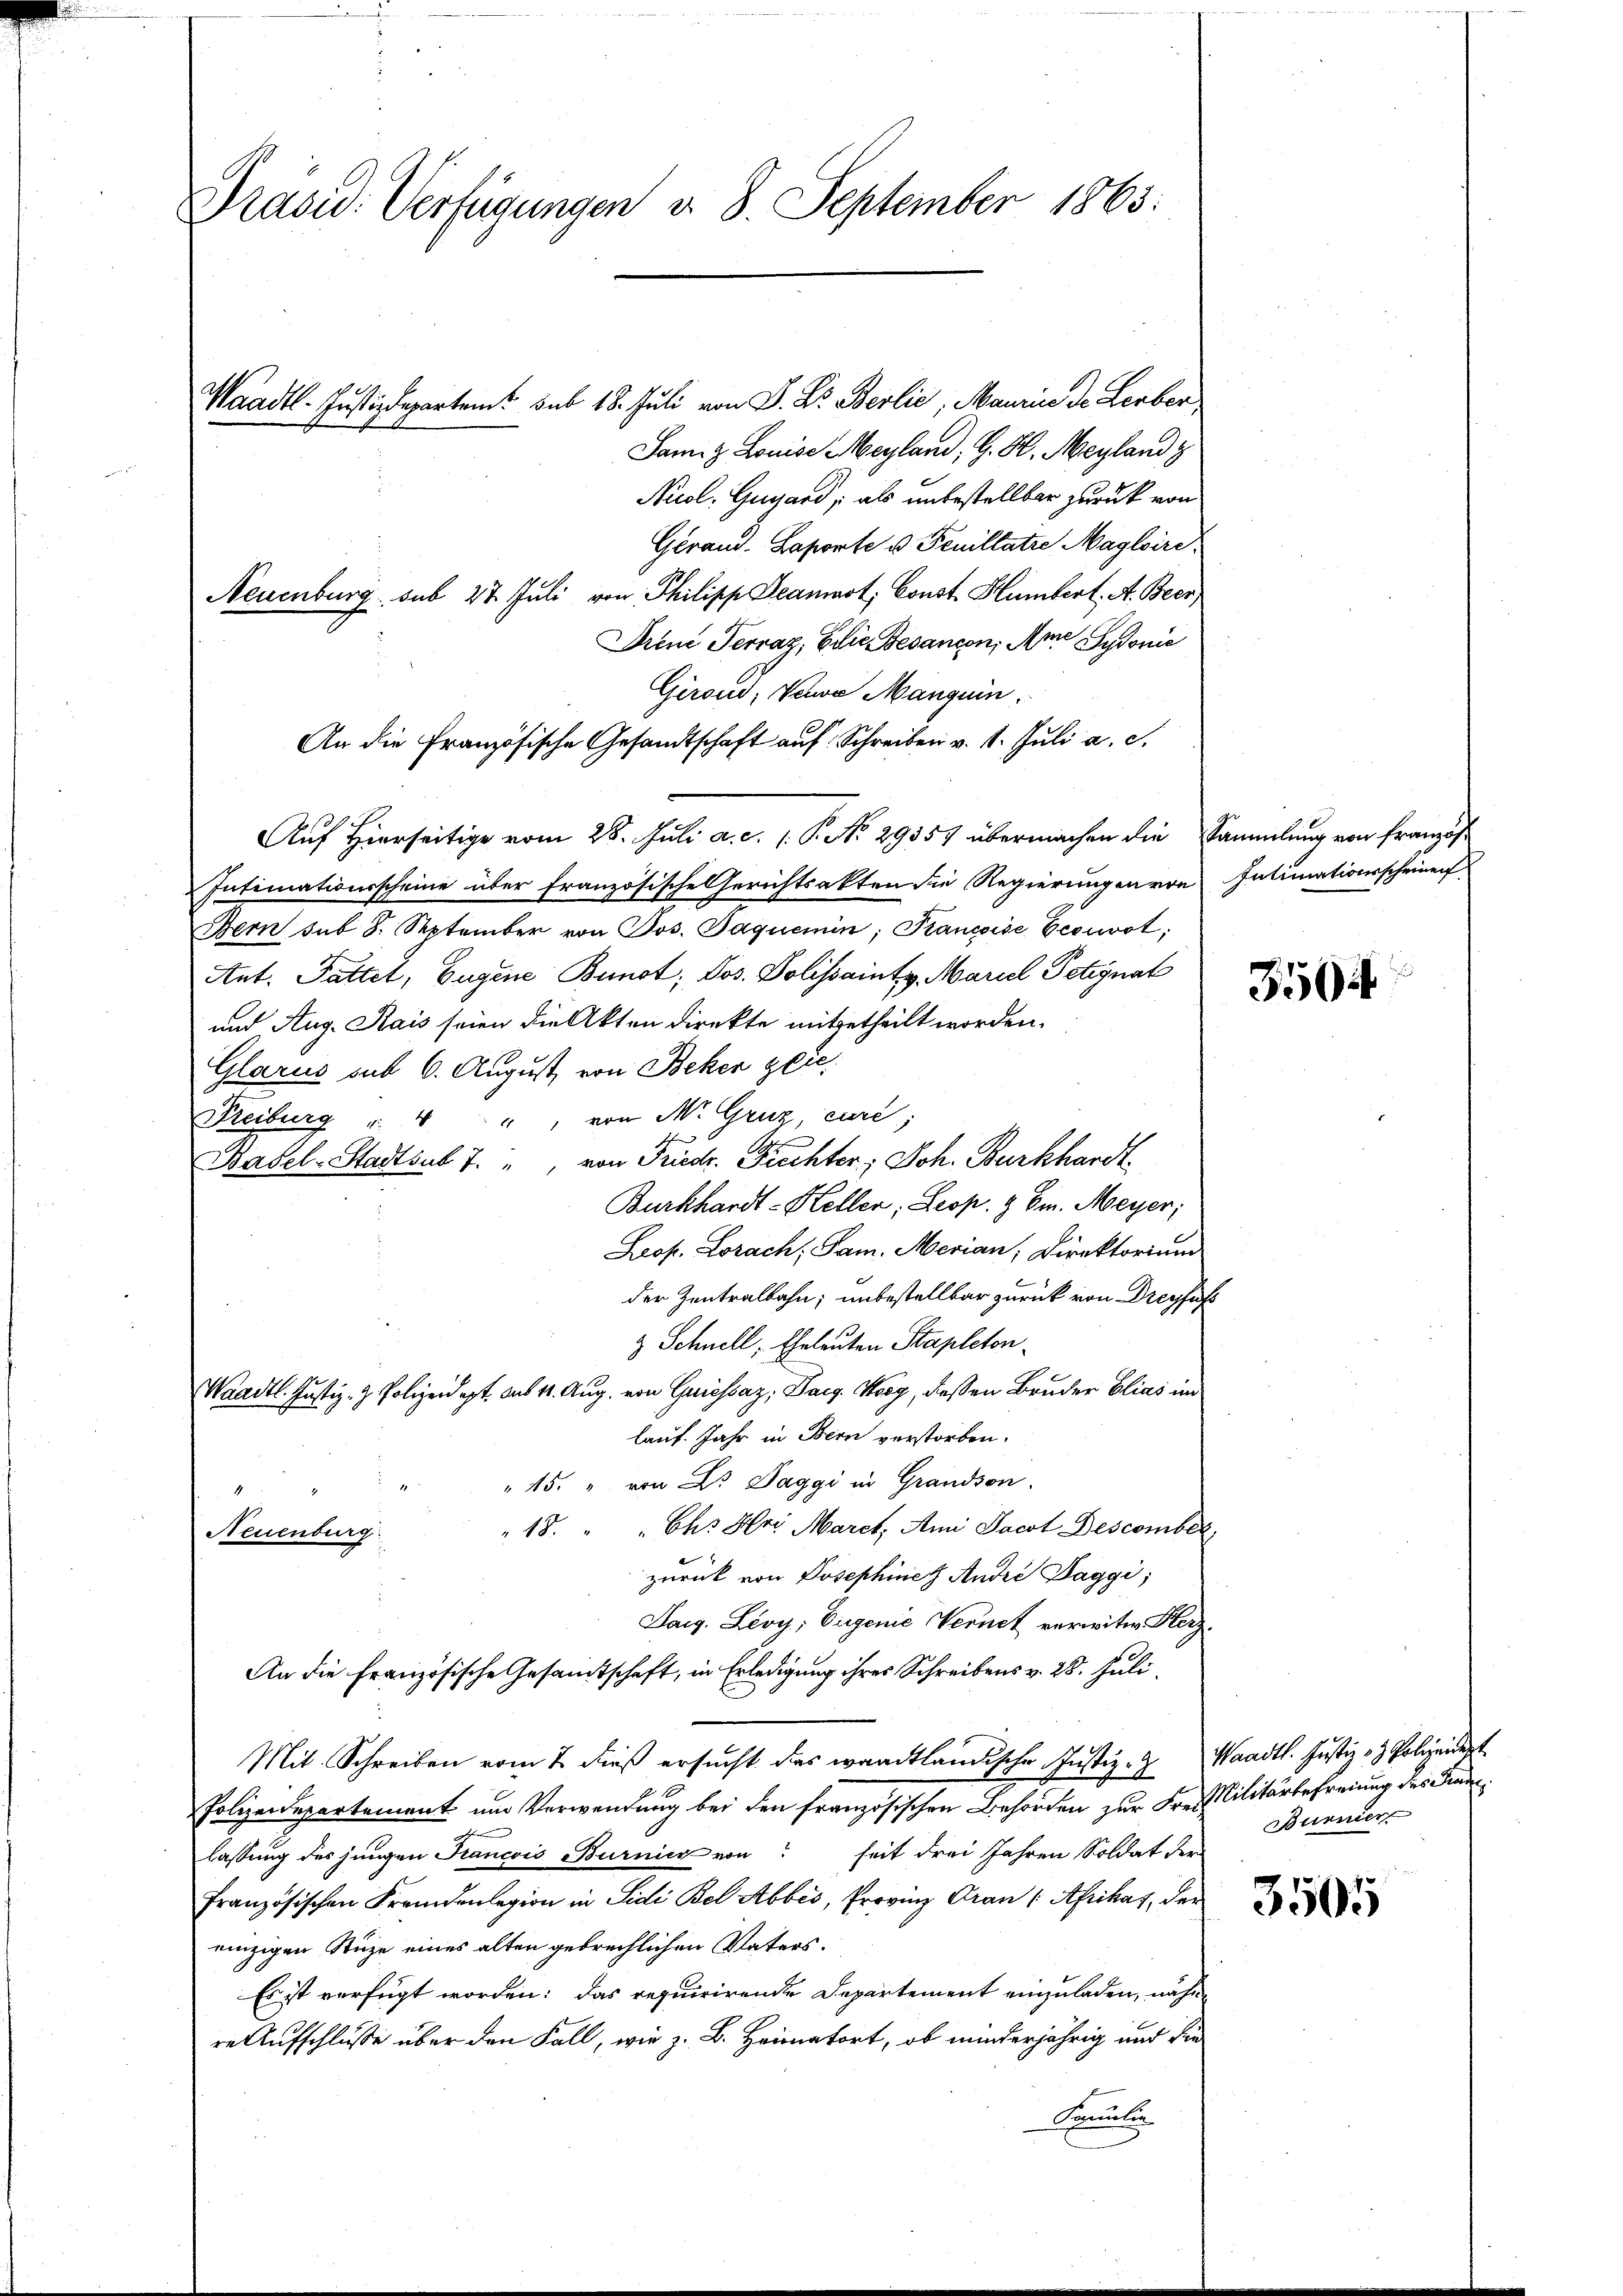
Präsid. Verfügungen d. 8. September 1865.

Waadt. Justizdepartent sub 18. Juli von D. Dr. Berlie, Maurice de Lerber
Samit Louise Mayland, G. H. Mayland z
Nuol. Gugard, als unbestellbar zurück von
Gerand. Laporte u. Feuillatie Maglaire
Neuenburg sub 27. Juli von Philipp Seamast, Const Humbert, A. Beer
Drene Terraz, die Gesancen, Am Sydonić
Girond, Verwe Manguin
An die Französische Gesandtschaft auf Schreiben v. 1. Juli a. c.
Auf Hierseitige vom 28. Juli a. c. 1. P. No. 29357 übermachen die Sammlung von Französ
Intimationsscheine über französische Gerichtsakten die Regierungen von Intimationsscheinenf
Bern sub S. September von Jos. Jaquemin, Francoise Eecivot;
Ant. Pattet, Eugene Bundt, Jos. Polissaintz, Mariel Petignat
und Aug. Kais seien die Akten direkte mitgetheilt worden.
Glarus mit 6. August von Beher gere
Freiburg u. 4 " " " von M. Gruz, cure;
Basel-Stadtsub 7. " von Friedr. Fiechter; Joh. Burkhardt
Burkhardt - Keller, Leop. 9 Ew. Meyer;
Prof. Lorach, Sam. Merian, Direktorium
der Zentralbahn; unbestellbar zurück von Dreyfal
z Schnell, Eheleuten Stapleton
Waadt. Justiz- & Polizeidept. aus 14. Aug. von Griessaz, Darg. Kosz, deßen Bruder Elias im
lauf. Jahr in Bern verstorben.
" 15. " von Dr. Saggi in Grandson.
4
"18. " " Chs Hri March, Ami Jacot Descomber,
Neuenburg
zurück von Josephines André Saggi,
Darg. Lioy, Eugenie Vernet verwitw. Herz¬
An die Französische Gesandtschaft, in Erledigung ihres Schreibens v. 28. Juli.
Mit Schreiben vom 2. dieß ersucht das waadtländische Justiz- & Waadt. Justiz- & Polizeidigt
Polizeidepartement um Verwendung bei den französischen Behörden zur Frei Militärbefreiung des Franlassung des jungen Francois Burnier von seit drei Jahren Soldat der
französischen Fremdenlegion in Sidi Bel Abbes, Provinz Gran (Afrikas, der
einzigen Stüze eines alten gebrechlichen Vaters.
Es ist verfügt worden: das requirirende Departement einzuladen, nähe
re Aufschlusse über den Fall, wie z. B. Heimatort, ob minderjährig und die
Famulu

3504

Bunnier

3505